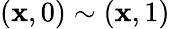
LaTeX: (\mathbf{x},0)\sim(\mathbf{x},1)